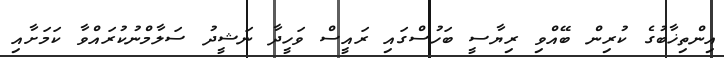
އިންތިޚާބުގެ ކުރިން ބޭއްވި ރިޔާސީ ބަހުސްގައި ރައީސް ވަހީދާ ނަޝީދު ސަލާމްނުކުރައްވާ ކަމަށާއި